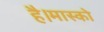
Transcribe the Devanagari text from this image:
है।मास्को